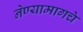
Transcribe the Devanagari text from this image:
नेण्यामागचे